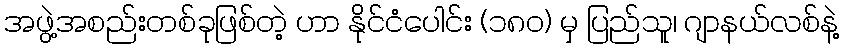
အဖွဲ့အစည်းတစ်ခုဖြစ်တဲ့ ဟာ နိုင်ငံပေါင်း (၁၈ဝ) မှ ပြည်သူ၊ ဂျာနယ်လစ်နဲ့